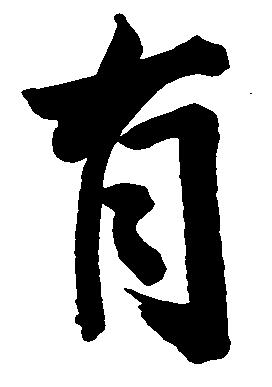
有